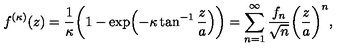
f ^ { ( \kappa ) } ( z ) = \frac { 1 } { \kappa } \biggl ( 1 - \exp \Bigl ( - \kappa \tan ^ { - 1 } \frac { z } { a } \Bigr ) \biggr ) = \sum _ { n = 1 } ^ { \infty } \frac { f _ { n } } { \sqrt { n } } \biggl ( \frac { z } { a } \biggr ) ^ { n } ,